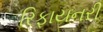
રિફાયનરી